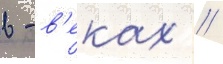
в - в'еках //